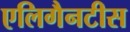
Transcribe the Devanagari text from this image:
एलिगैनटीस